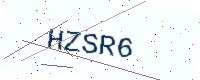
Text: HZSR6